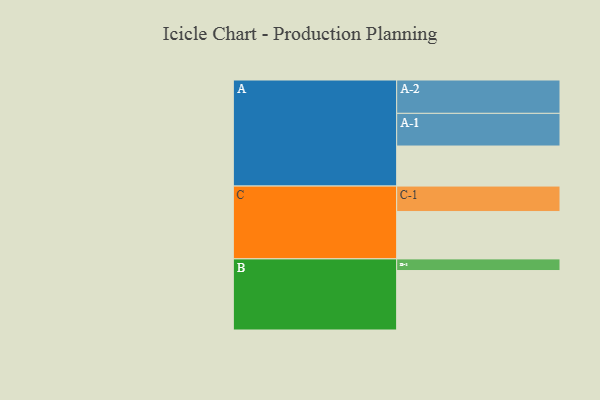
{"axis": {"x": "Segment", "y": "Value"}, "legend": ["", "A", "B", "C"], "data": [{"x": "A", "y": 347, "type": ""}, {"x": "B", "y": 515, "type": ""}, {"x": "C", "y": 411, "type": ""}, {"x": "A-1", "y": 283, "type": "A"}, {"x": "A-2", "y": 289, "type": "A"}, {"x": "B-1", "y": 101, "type": "B"}, {"x": "C-1", "y": 220, "type": "C"}]}